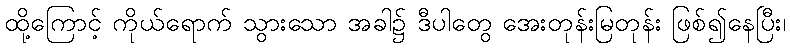
ထို့ကြောင့် ကိုယ်ရောက် သွားသော အခါ၌ ဒီပါတွေ အေးတုန်းမြတုန်း ဖြစ်၍နေပြီး၊